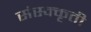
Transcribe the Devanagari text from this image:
संस्क्कृती